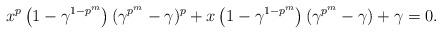
LaTeX: \begin{align*} x^{p} \left(1-\gamma^{1-p^m} \right) (\gamma^{p^m}-\gamma)^{p}+x \left(1-\gamma^{1-p^m} \right)(\gamma^{p^m}-\gamma)+\gamma=0. \end{align*}